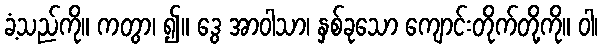
ခံ့သည်ကို။ ကတွာ၊ ၍။ ဒွေ အာဝါသာ၊ နှစ်ခုသော ကျောင်းတိုက်တို့ကို။ ဝါ၊